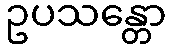
ဥပသန္တော